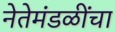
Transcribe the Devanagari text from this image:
नेतेमंडळींचा